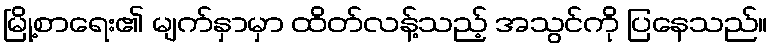
မြို့စာရေး၏ မျက်နှာမှာ ထိတ်လန့်သည့် အသွင်ကို ပြနေသည်။